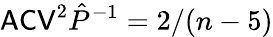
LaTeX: \mathsf{ACV}^{2}\hat{P}^{-1}=2/(n-5)